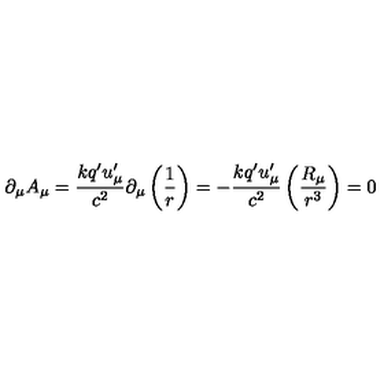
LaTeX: \partial _ { \mu } A _ { \mu } = \frac { k q ^ { \prime } u _ { \mu } ^ { \prime } } { c ^ { 2 } } \partial _ { \mu } \left( \frac 1 r \right) = - \frac { k q ^ { \prime } u _ { \mu } ^ { \prime } } { c ^ { 2 } } \left( \frac { R _ { \mu } } { r ^ { 3 } } \right) = 0